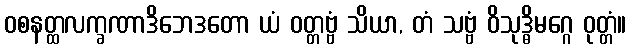
ဝစနတ္ထလက္ခဏာဒိဘေဒတော ယံ ဝတ္တဗ္ဗံ သိယာ, တံ သဗ္ဗံ ဝိသုဒ္ဓိမဂ္ဂေ ဝုတ္တံ။